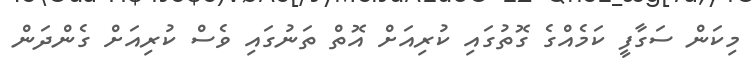
މިކަން ސަގާފީ ކަމެއްގެ ގޮތުގައި ކުރިއަށް އޮތް ތަނުގައި ވެސް ކުރިއަށް ގެންދަން